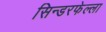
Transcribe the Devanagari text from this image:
सिन्डरफेल्ला